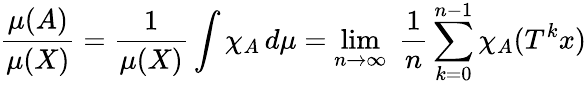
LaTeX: {\frac{\mu(A)}{\mu(X)}}={\frac{1}{\mu(X)}}\int\chi_{A}\, d\mu=\operatorname*{lim}_{n\rightarrow\infty}\; {\frac{1}{n}}\sum_{k=0}^{n-1}\chi_{A}(T^{k}x)